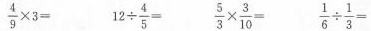
$$\frac{4}{9}\times 3=$$ $$12 \div \frac{4}{5}=$$ $$\frac{5}{3}\times \frac{3}{10}=$$ $$\frac{1}{6}\div \frac{1}{3}=$$